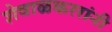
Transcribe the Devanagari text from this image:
शेवाळकररांनी